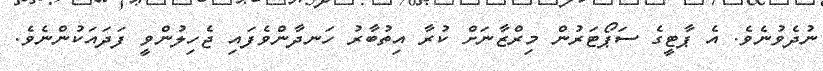
ނުދެވުނެވެ. އެ ޕާޓީގެ ސަޕޯޓަރުން މިރްޒާނަށް ކުރާ އިތުބާރު ހަނދާންވެފައި ޖެހިލުންވީ ފަދައަކުންނެވެ.